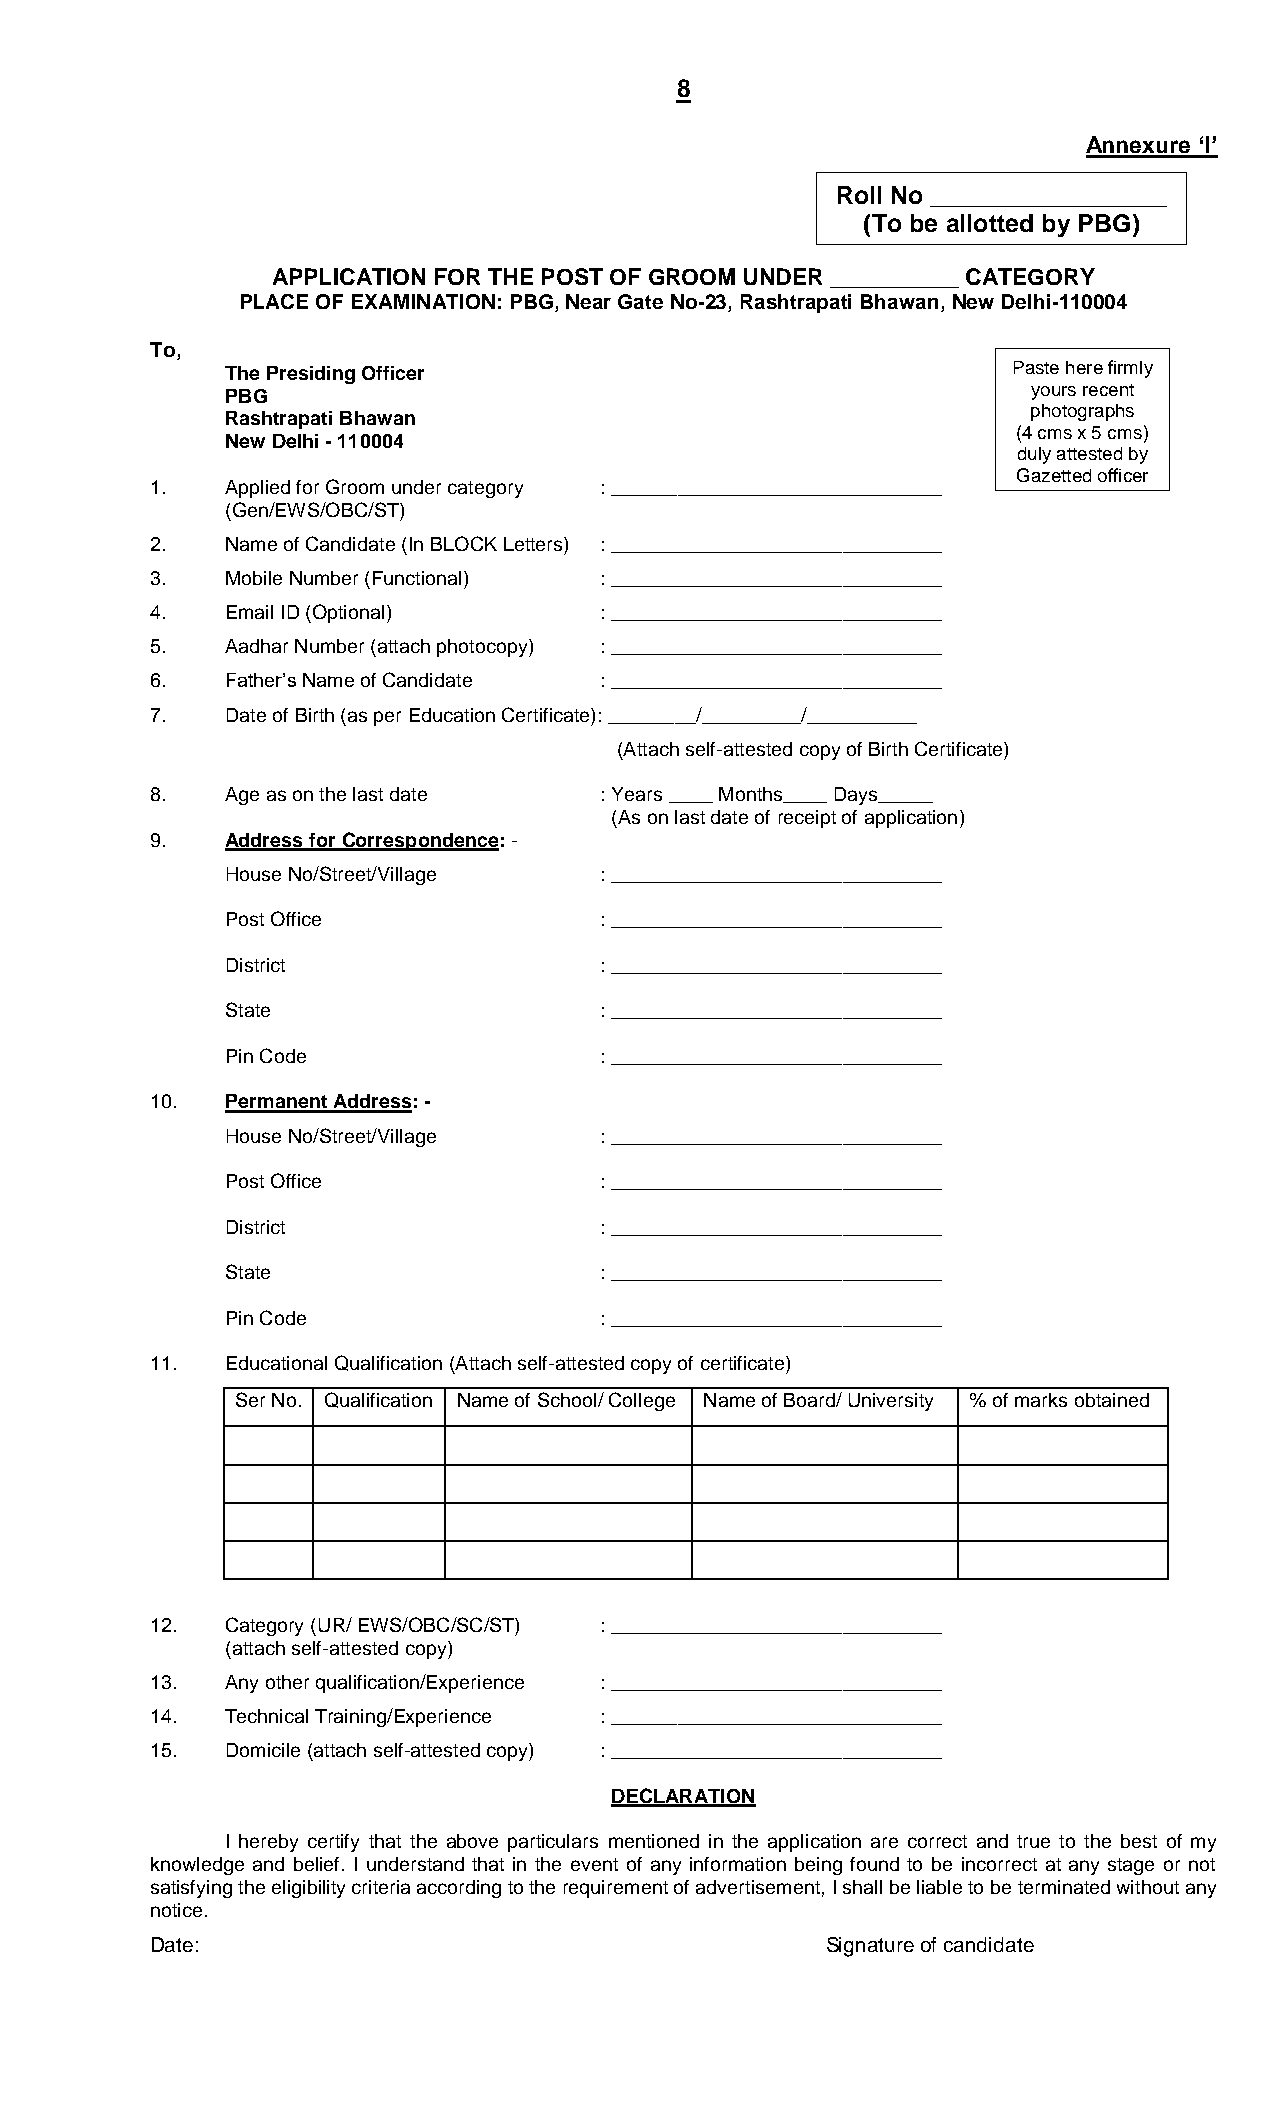
8
 Annexure ‘I’
 Roll No _________________
 (To be allotted by PBG)
 APPLICATION FOR THE POST OF GROOM UNDER _ _________ CATEGORY
 PLACE OF EXAMINATION: PBG, Near Gate No-23, Rashtrapati Bhawan, New Delhi-110004
 To,
 The Presiding Officer                               Paste here firmly
 PBG                                                  yours recent
 photographs
 Rashtrapati Bhawan
 (4 cms x 5 cms)
 New Delhi - 110004
 duly attested by
 Gazetted officer
 1.   Applied for Groom under category : ______________________________
 (Gen/EWS/OBC/ST)
 2.   Name of Candidate (In BLOCK Letters) : ______________________________
 3.   Mobile Number (Functional) : ______________________________
 4.   Email ID (Optional)      : ______________________________
 5.   Aadhar Number (attach photocopy) : ______________________________
 6.   Father’s Name of Candidate : ______________________________
 7.   Date of Birth (as per Education Certificate): ________/_________/__________
 (Attach self-attested copy of Birth Certificate)
 8.   Age as on the last date  : Years ____ Months____ Days_____
 (As on last date of receipt of application)
 9.   Address for Correspondence: -
 House No/Street/Village  : ______________________________
 Post Office              : ______________________________
 District                 : ______________________________
 State                    : ______________________________
 Pin Code                 : ______________________________
 10.  Permanent Address: -
 House No/Street/Village  : ______________________________
 Post Office              : ______________________________
 District                 : ______________________________
 State                    : ______________________________
 Pin Code                 : ______________________________
 11.  Educational Qualification (Attach self-attested copy of certificate)
 Ser No. Qualification Name of School/ College Name of Board/ University % of marks obtained
 12.  Category (UR/ EWS/OBC/SC/ST) : ______________________________
 (attach self-attested copy)
 13.  Any other qualification/Experience : ______________________________
 14.  Technical Training/Experience : ______________________________
 15.  Domicile (attach self-attested copy) : ______________________________
 DECLARATION
 I hereby certify that the above particulars mentioned in the application are correct and true to the best of my
 knowledge and belief. I understand that in the event of any information being found to be incorrect at any stage or not
 satisfying the eligibility criteria according to the requirement of advertisement, I shall be liable to be terminated without any
 notice.
 Date:                                        Signature of candidate